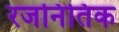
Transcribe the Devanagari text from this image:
रजनितिक